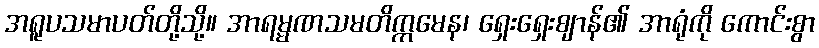
အရူပသမာပတ်တို့သို့။ အာရမ္မဏသမတိက္ကမေန၊ ရှေးရှေးဈာန်၏ အာရုံကို ကောင်းစွာ